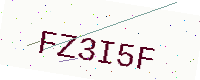
Text: FZ3I5F